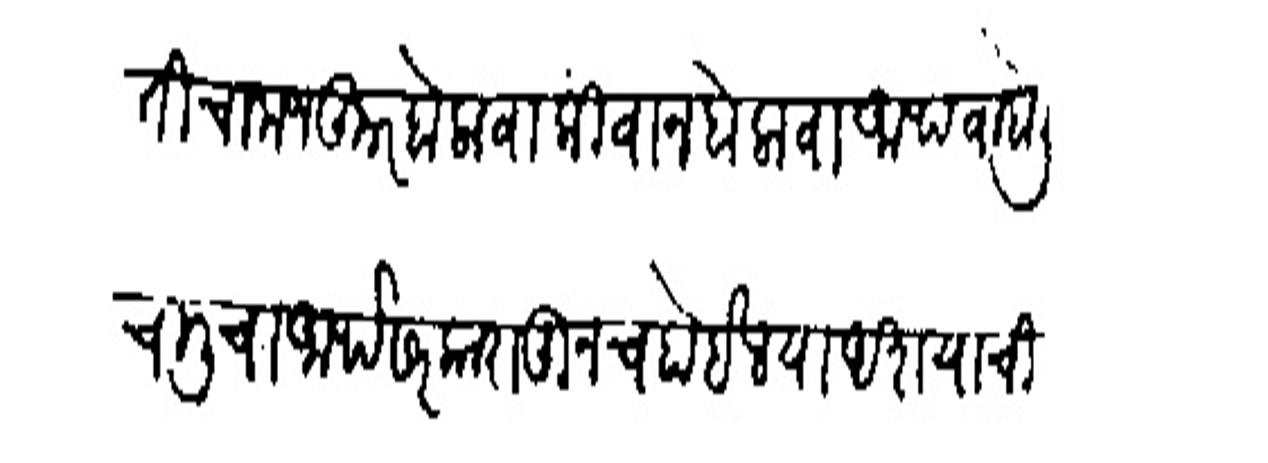
Transliteration (Devanagari): मामलतीचा मजकूर बोलावा किंवा न बोलावा आथवा बोलीचालीचा आर्थ सरकारातूनच होईल या अशयाची